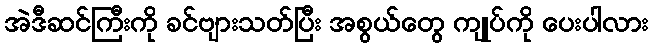
အဲဒီဆင်ကြီးကို ခင်ဗျားသတ်ပြီး အစွယ်တွေ ကျုပ်ကို ပေးပါလား